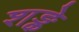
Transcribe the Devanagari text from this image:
शङ्के